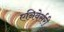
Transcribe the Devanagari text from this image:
एनिवेर्सरी